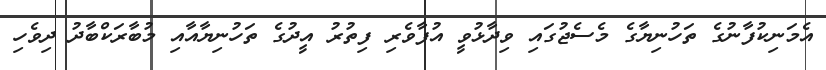
އެމަނިކުފާނުގެ ތަހުނިޔާގެ މެސެޖުގައި ވިދާޅުވީ އުފާވެރި ފިތުރު އީދުގެ ތަހުނިޔާއާއި މުބާރަކްބާދު ދިވެހި